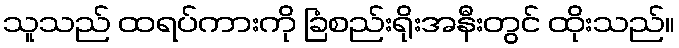
သူသည် ထရပ်ကားကို ခြံစည်းရိုးအနီးတွင် ထိုးသည်။